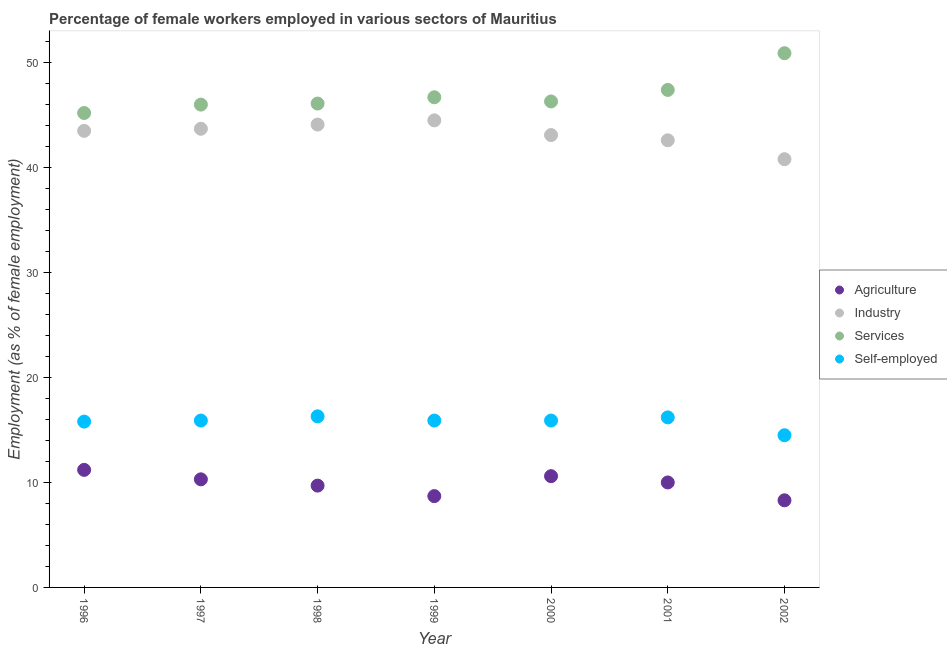
| Year | Agriculture | Industry | Services | Self-employed |
 | --- | --- | --- | --- | --- |
 | 1996 | 11.2 | 43.5 | 45.2 | 15.8 |
 | 1997 | 10.3 | 43.7 | 46 | 15.9 |
 | 1998 | 9.7 | 44.1 | 46.1 | 16.3 |
 | 1999 | 8.7 | 44.5 | 46.7 | 15.9 |
 | 2000 | 10.6 | 43.1 | 46.3 | 15.9 |
 | 2001 | 10 | 42.6 | 47.4 | 16.2 |
 | 2002 | 8.3 | 40.8 | 50.9 | 14.5 |